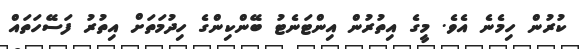
ކުރުން ހިމެނެ އެވެ. މީގެ އިތުރުން އިންޓަނެޓު ބޭންކިންގެ ހިދުމަތަށް އިތުރު ފަސޭހަތައް